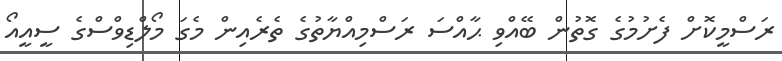
ރަސްމީކޮށް ފެށުމުގެ ގޮތުން ބޭއްވި ޙާއްސަ ރަސްމިއްޔާތުގެ ތެރެއިން މެގަ މޯލްޑިވްސްގެ ސީއީއޯ